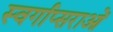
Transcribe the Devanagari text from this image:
स्वर्गाप्सराओं